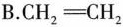
B.$$C H _ { 2 } = C H _ { 2 }$$